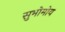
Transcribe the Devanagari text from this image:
सुभोमोय